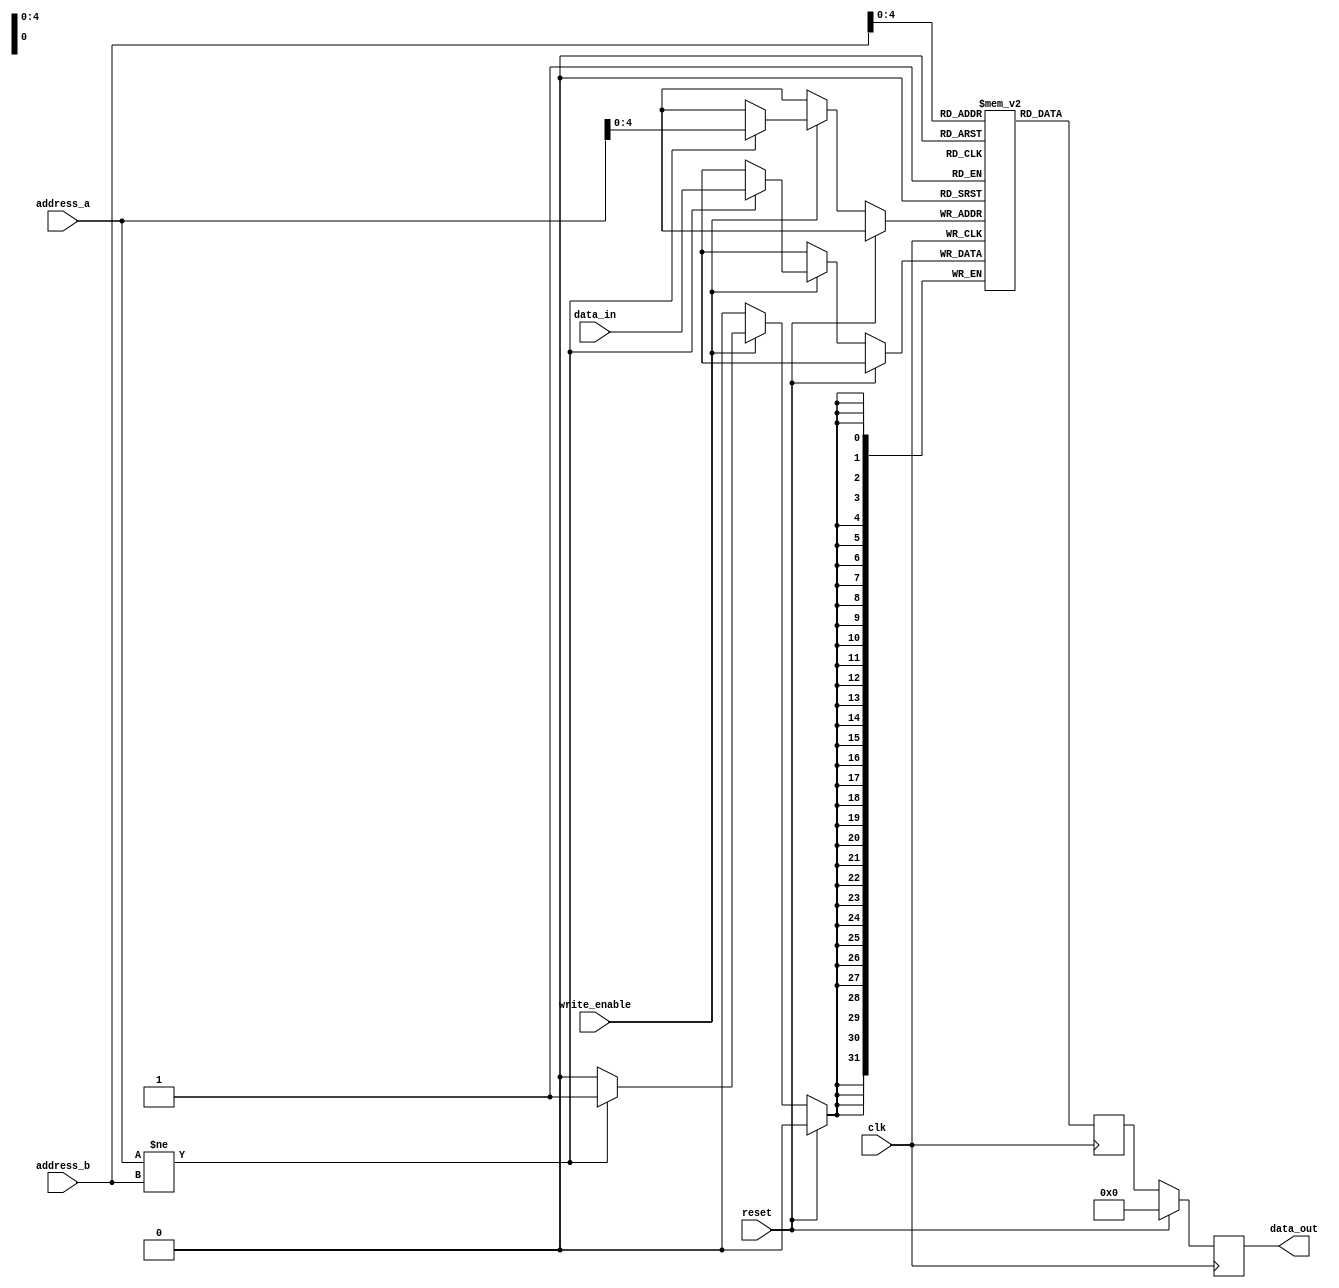
module ModifiedVEDA(
  input clk,
  input reset,
  input write_enable,
  input [5:0] address_a,
  input [5:0] address_b,
  input [31:0] data_in,
  output reg [31:0] data_out
);

  reg [31:0] memory [31:0];
  reg [31:0] temp;
  
  always@(posedge clk) begin
    if(reset) begin
      data_out <= 0;
      temp <= memory[address_b];
    end 
    
    else begin
      data_out <= temp;

      if(write_enable) begin
        if(address_a != address_b) begin
          memory[address_a] <= data_in;
        end
      end

        temp <= memory[address_b];
    end
  end
  
endmodule